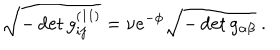
\sqrt { - \det g _ { i j } ^ { ( 1 1 ) } } = \nu e ^ { - \phi } \sqrt { - \det g _ { \alpha \beta } } \ .